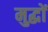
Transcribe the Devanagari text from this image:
मुद्धों